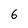
Character: 6